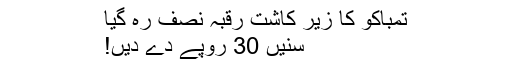
تمباکو کا زیر کاشت رقبہ نصف رہ گیا
سنیں 30 روپے دے دیں!